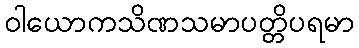
ဝါယောကသိဏသမာပတ္တိပရမာ